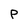
Character: p